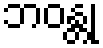
ဘဝန္တု